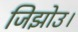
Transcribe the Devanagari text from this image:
जिझोउ।